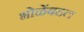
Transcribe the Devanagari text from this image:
भोळेंबद्दल